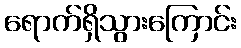
ရောက်ရှိသွားကြောင်း